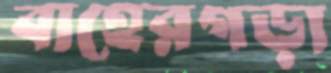
বাহেরগড়া